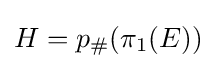
H=p_{\#}(\pi _{1}(E))